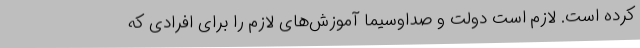
کرده است. لازم است دولت و صداوسیما آموزش‌های لازم را برای افرادی که